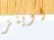
اوينز